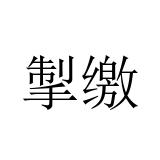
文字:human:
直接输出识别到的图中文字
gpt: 掣缴